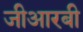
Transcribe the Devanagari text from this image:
जीआरबी